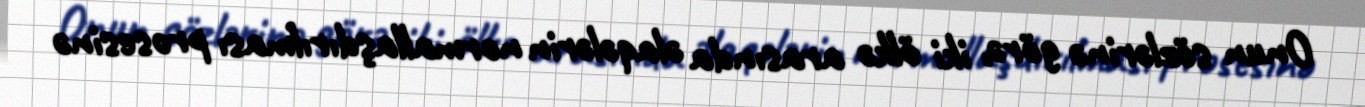
Onun sözlərinə görə, iki ölkə arasında əlaqələrin normallaşdırılması prosesinə